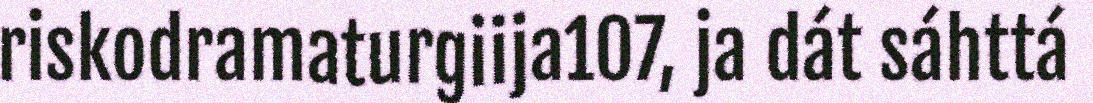
riskodramaturgiija107, ja dát sáhttá